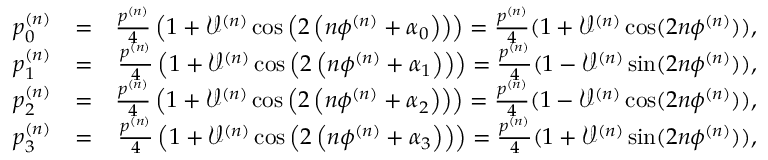
\begin{array} { r l r } { p _ { 0 } ^ { ( n ) } } & { = } & { \frac { p ^ { ( n ) } } { 4 } \left( 1 + \mathcal { V } ^ { ( n ) } \cos \left( 2 \left( n \phi ^ { ( n ) } + \alpha _ { 0 } \right) \right) \right) = \frac { p ^ { ( n ) } } { 4 } ( 1 + \mathcal { V } ^ { ( n ) } \cos ( 2 n \phi ^ { ( n ) } ) ) , } \\ { p _ { 1 } ^ { ( n ) } } & { = } & { \frac { p ^ { ( n ) } } { 4 } \left( 1 + \mathcal { V } ^ { ( n ) } \cos \left( 2 \left( n \phi ^ { ( n ) } + \alpha _ { 1 } \right) \right) \right) = \frac { p ^ { ( n ) } } { 4 } ( 1 - \mathcal { V } ^ { ( n ) } \sin ( 2 n \phi ^ { ( n ) } ) ) , } \\ { p _ { 2 } ^ { ( n ) } } & { = } & { \frac { p ^ { ( n ) } } { 4 } \left( 1 + \mathcal { V } ^ { ( n ) } \cos \left( 2 \left( n \phi ^ { ( n ) } + \alpha _ { 2 } \right) \right) \right) = \frac { p ^ { ( n ) } } { 4 } ( 1 - \mathcal { V } ^ { ( n ) } \cos ( 2 n \phi ^ { ( n ) } ) ) , } \\ { p _ { 3 } ^ { ( n ) } } & { = } & { \frac { p ^ { ( n ) } } { 4 } \left( 1 + \mathcal { V } ^ { ( n ) } \cos \left( 2 \left( n \phi ^ { ( n ) } + \alpha _ { 3 } \right) \right) \right) = \frac { p ^ { ( n ) } } { 4 } ( 1 + \mathcal { V } ^ { ( n ) } \sin ( 2 n \phi ^ { ( n ) } ) ) , } \end{array}